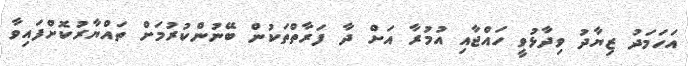
އަހަމަދު ޒިޔާދު ވިދާޅުވީ ހައްޖާއި އުމުރާ އަށް ދާ ފަރާތްތަކުން ބޭނުންކުރުމަށް ތައްޔާރުކޮށްފައިވާ